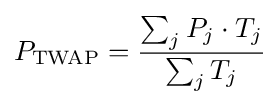
P_{\mathrm {TWAP} }={\frac {\sum _{j}{P_{j}\cdot T_{j}}}{\sum _{j}{T_{j}}}}